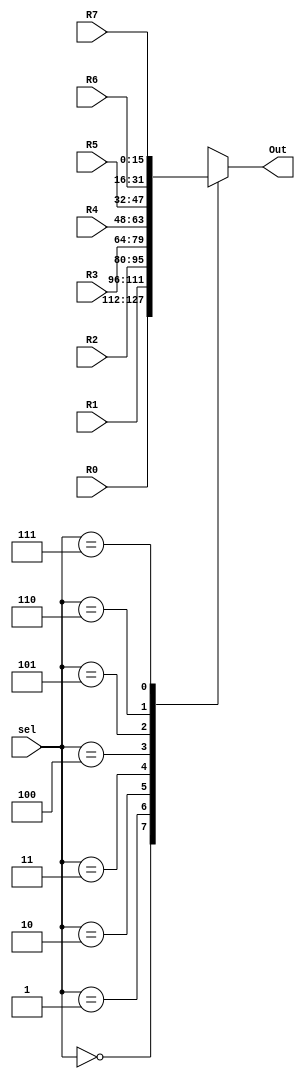
module mux8by1 (R0, R1, R2, R3, R4, R5, R6, R7, Out, sel);
input [15:0] R0, R1, R2, R3, R4, R5, R6, R7;
input [2:0] sel;
output [15:0] Out;
reg [15:0] Out;

always @* begin
    case (sel)
    3'b000 : Out = R0;
    3'b001 : Out = R1;
    3'b010 : Out = R2;
    3'b011 : Out = R3;
    3'b100 : Out = R4;
    3'b101 : Out = R5;
    3'b110 : Out = R6;
    3'b111 : Out = R7;
    default: Out = 16'bx;
    endcase
end

endmodule